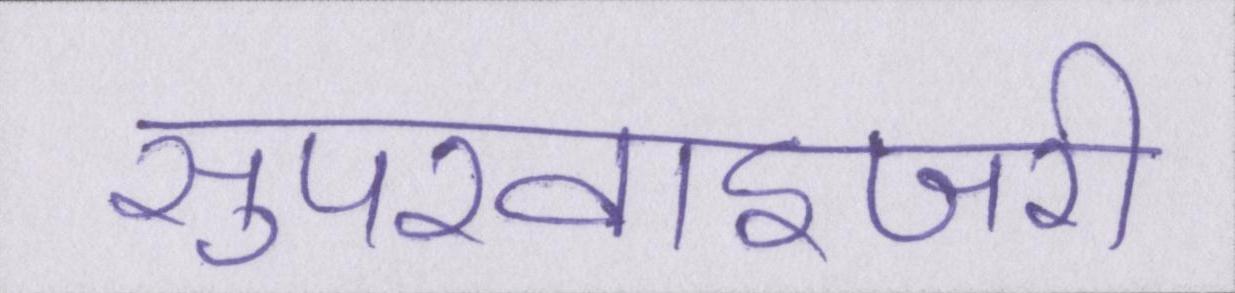
सुपरवाइजरी